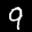
Label: 9